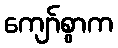
ကျော်စွာက